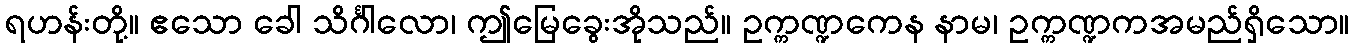
ရဟန်းတို့။ ဧသော ခေါ သိင်္ဂါလော၊ ဤမြေခွေးအိုသည်။ ဥက္ကဏ္ဍကေန နာမ၊ ဥက္ကဏ္ဍကအမည်ရှိသော။